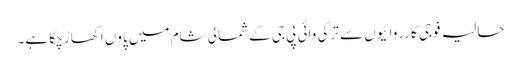
حالیہ فوجی کارروائیوں سے ترکی وائی پی جی کے شمالی شام میں پاوں اکھاڑ چکا ہے۔